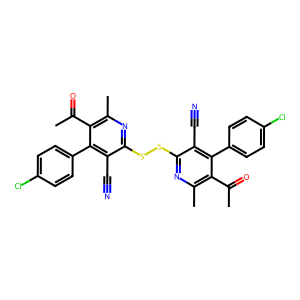
SMILES: CC(=O)c1c(C)nc(SSc2nc(C)c(C(C)=O)c(-c3ccc(Cl)cc3)c2C#N)c(C#N)c1-c1ccc(Cl)cc1
Inhibits HIV replication: No